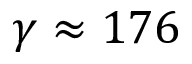
\gamma \approx 1 7 6